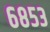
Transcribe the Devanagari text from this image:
६८५३